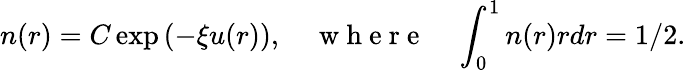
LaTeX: n(r)=C\exp{\left(-\xi u(r)\right)},\quad\mathrm{~w~h~e~r~e~}\quad\int_{0}^{1}n(r)rdr=1/2.